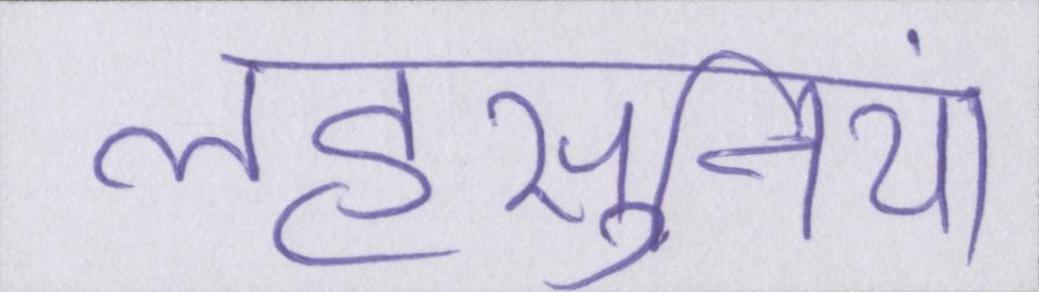
लहसुनियां